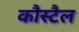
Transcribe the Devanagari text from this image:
कौस्टैल